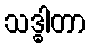
သဒ္ဓါတာ